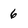
Character: 6